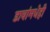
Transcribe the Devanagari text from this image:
डावांमधेही